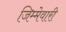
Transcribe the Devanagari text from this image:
जिम्‍मेवारी